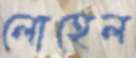
লোহেল